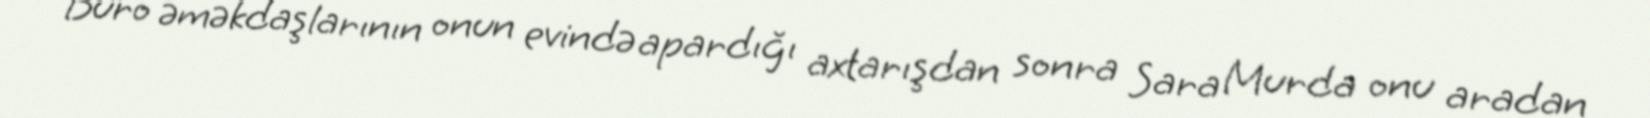
Büro əməkdaşlarının onun evində apardığı axtarışdan sonra Sara Murda onu aradan